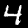
Label: 4